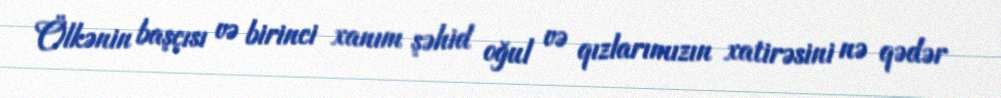
Ölkənin başçısı və birinci xanım şəhid oğul və qızlarımızın xatirəsini nə qədər